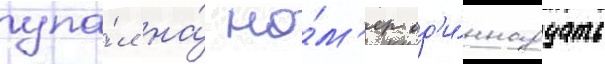
упа́л на́ но́м'ер од'и́ннадцать